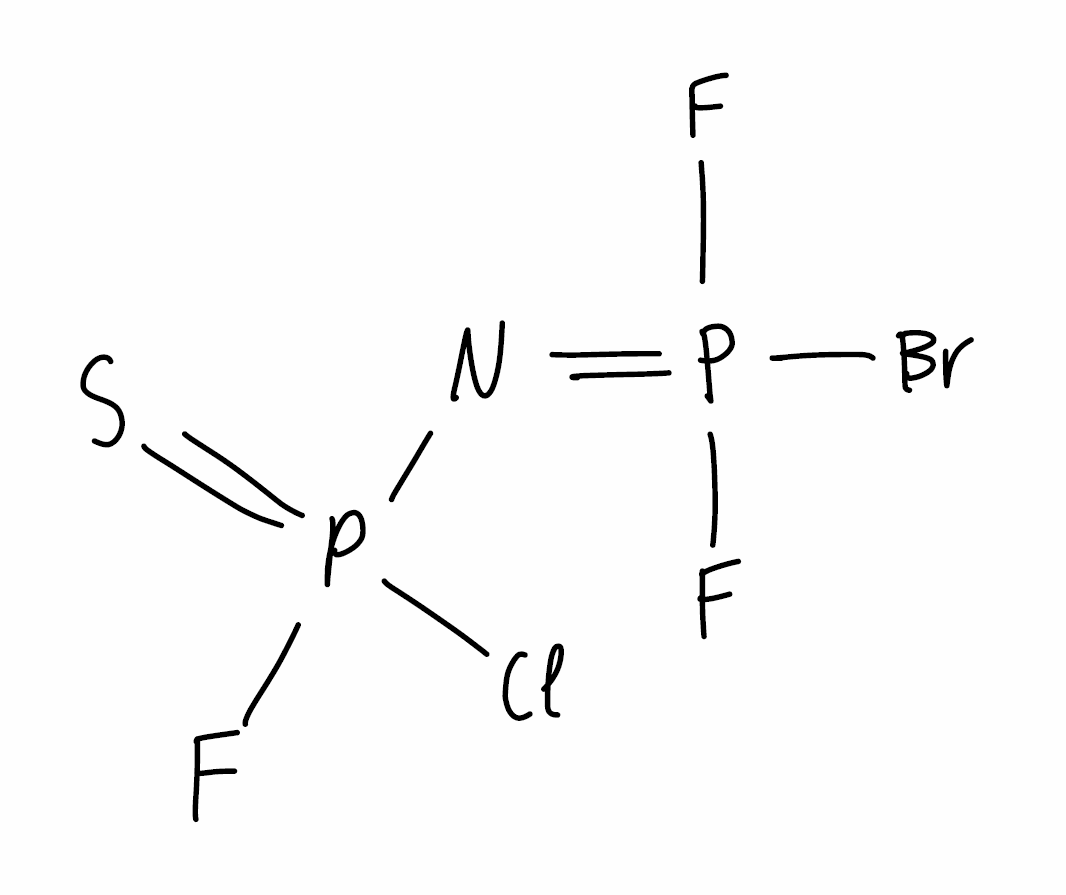
Simplified molecular-input line-entry system (SMILES) notation of the given molecule:
N(=P(F)(F)Br)P(=S)(F)Cl